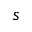
s